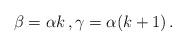
LaTeX: \begin{align*} \beta=\alpha k \, , \gamma=\alpha(k+1)\, . \end{align*}